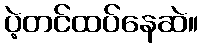
ပဲ့တင်ထပ်နေဆဲ။